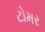
ટોમર